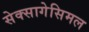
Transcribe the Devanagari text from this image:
सेक्सागेसिमल